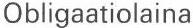
Obligaatiolaina